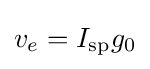
v_{e}=I_{\text{sp}}g_{0}